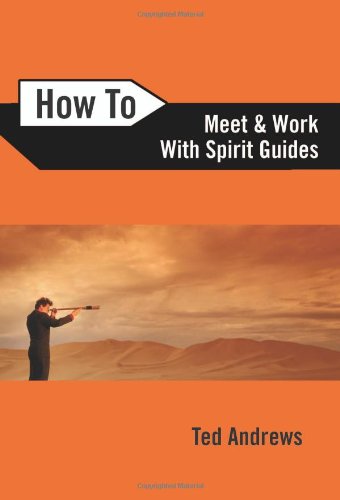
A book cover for How to Meet and Work with Spirit Guides; Ted Andrews; Religion & Spirituality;